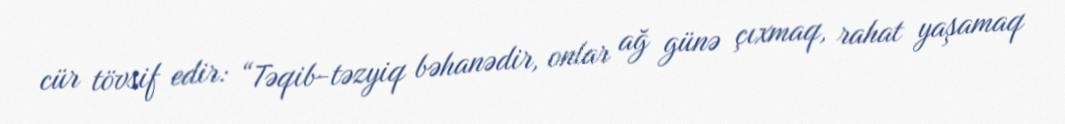
cür tövsif edir: “Təqib-təzyiq bəhanədir, onlar ağ günə çıxmaq, rahat yaşamaq